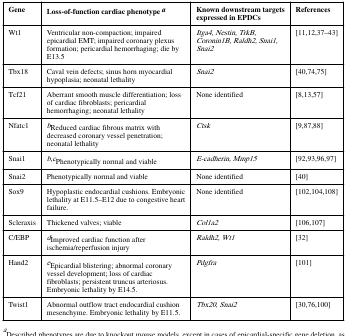
| Gene | Loss-of-function cardiac phenotype a | Known downstream targetsexpressed in EPDCs | References |
 | --- | --- | --- | --- |
 | Wt1 | Ventricular non-compaction; impairedepicardial EMT; impaired coronary plexusformation; pericardial hemorrhaging; die byE13.5 | Itga4, Nestin, TrkB,Coronin1B, Raldh2, Snai1,Snai2 | [11,12,37–43] |
 | Tbx18 | Caval vein defects; sinus horn myocardialhypoplasia; neonatal lethality | Snai2 | [40,74,75] |
 | Tcf21 | Aberrant smooth muscle differentiation; lossof cardiac fibroblasts; pericardialhemorrhaging; neonatal lethality | None identified | [8,13,57] |
 | Nfatc1 | bReduced cardiac fibrous matrix withdecreased coronary vessel penetration;neonatal lethality | Ctsk | [9,87,88] |
 | Snai1 | b,cPhenotypically normal and viable | E-cadherin, Mmp15 | [92,93,96,97] |
 | Snai2 | Phenotypically normal and viable | None identified | [40] |
 | Sox9 | Hypoplastic endocardial cushions. Embryoniclethality at E11.5–E12 due to congestive heartfailure. | None identified | [102,104,108] |
 | Scleraxis | Thickened valves; viable | Col1a2 | [106,107] |
 | C/EBP | dImproved cardiac function afterischemia/reperfusion injury | Raldh2, Wt1 | [32] |
 | Hand2 | eEpicardial blistering; abnormal coronaryvessel development; loss of cardiacfibroblasts; persistent truncus arteriosus.Embryonic lethality by E14.5. | Pdgfra | [101] |
 | Twist1 | Abnormal outflow tract endocardial cushionmesenchyme. Embryonic lethality by E11.5. | Tbx20, Snai2 | [30,76,100] |